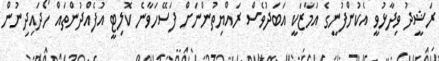
ރަޝީދު ވިދާޅުވީ އެކުންފުނީގެ އަމާޒަކީ އަބަދުވެސް ރައްޔިތުންނަށް ފަސޭހަވާނެ ކޮލިޓީ އުފެއްދުންތައް ހޯދައިދިނުން